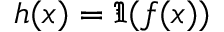
h ( x ) = \Im { ( f ( x ) ) }